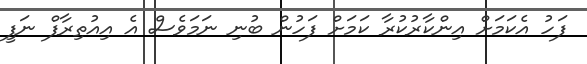
ފަހު އެކަމަށް އިންކާރުކުރާ ކަމަށް ފަހުން ބުނި ނަމަވެސް އެ އިއުތިރާފް ނަފީ